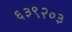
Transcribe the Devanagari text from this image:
६३९२०३